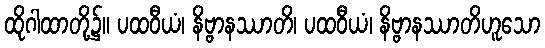
ထိုဂါထာတို့၌။ ပထဝီယံ၊ နိဗ္ဗာနဿာတိ၊ ပထဝီယံ၊ နိဗ္ဗာနဿာတိဟူသော